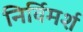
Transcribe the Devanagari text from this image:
निर्विमर्श